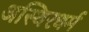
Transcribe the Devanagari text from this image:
अस्थिरधर्म